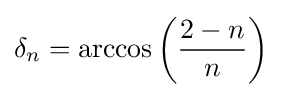
\delta _{n}=\arccos \left({\frac {2-n}{n}}\right)